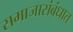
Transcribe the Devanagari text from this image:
समाजासंबंधात